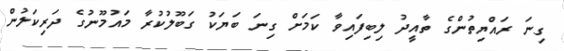
ގިނަ ރައްޔިތުންގެ ތާއީދު ލިބިފައިވާ ކަމަށް ގިނަ ބަޔަކު ގަބޫލުކުރާ މައުމޫނުގެ ދަރިކަލުން